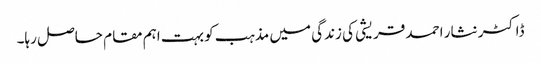
ڈاکٹر نثار احمد قریشی کی زندگی میں مذہب کو بہت اہم مقام حاصل رہا۔